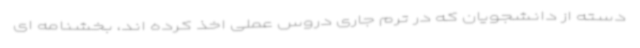
دسته از دانشجویان که در ترم جاری دروس عملی اخذ کرده اند، بخشنامه ای